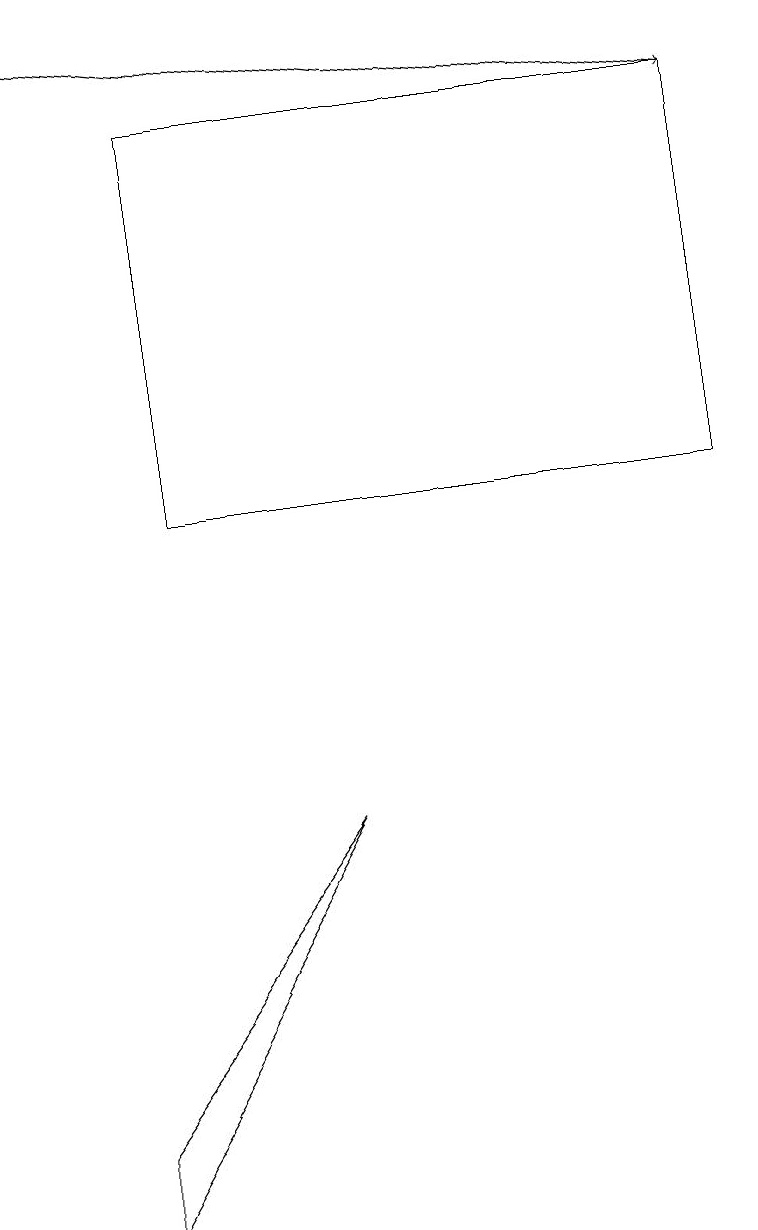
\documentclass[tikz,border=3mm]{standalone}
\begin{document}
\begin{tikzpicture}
\draw[->] (0,19) -- (9,18);
\draw (1,5) -- (4,9) -- (1,4) -- cycle;
\draw (9,18) rectangle (2,13);
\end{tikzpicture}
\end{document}